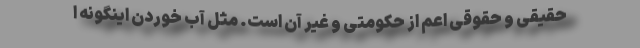
حقیقی و ‌حقوقی اعم از حکومتی و غیر آن است. مثل آب خوردن اینگونه ا